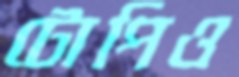
টোপিও